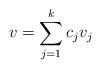
LaTeX: \begin{align*} v = \sum_{j=1}^k c_j v_j \end{align*}